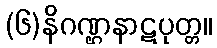
(၆)နိဂဏ္ဌနာဋပုတ္တ။